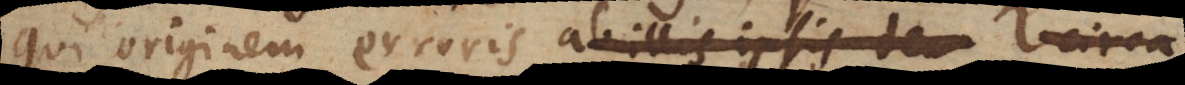
originem erroris ab illis ipsis tem circa